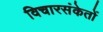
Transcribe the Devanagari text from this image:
विचारसंकेतों